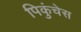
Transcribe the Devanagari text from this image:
पिकुंचेस